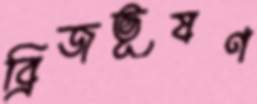
ব্রিজভূষণ